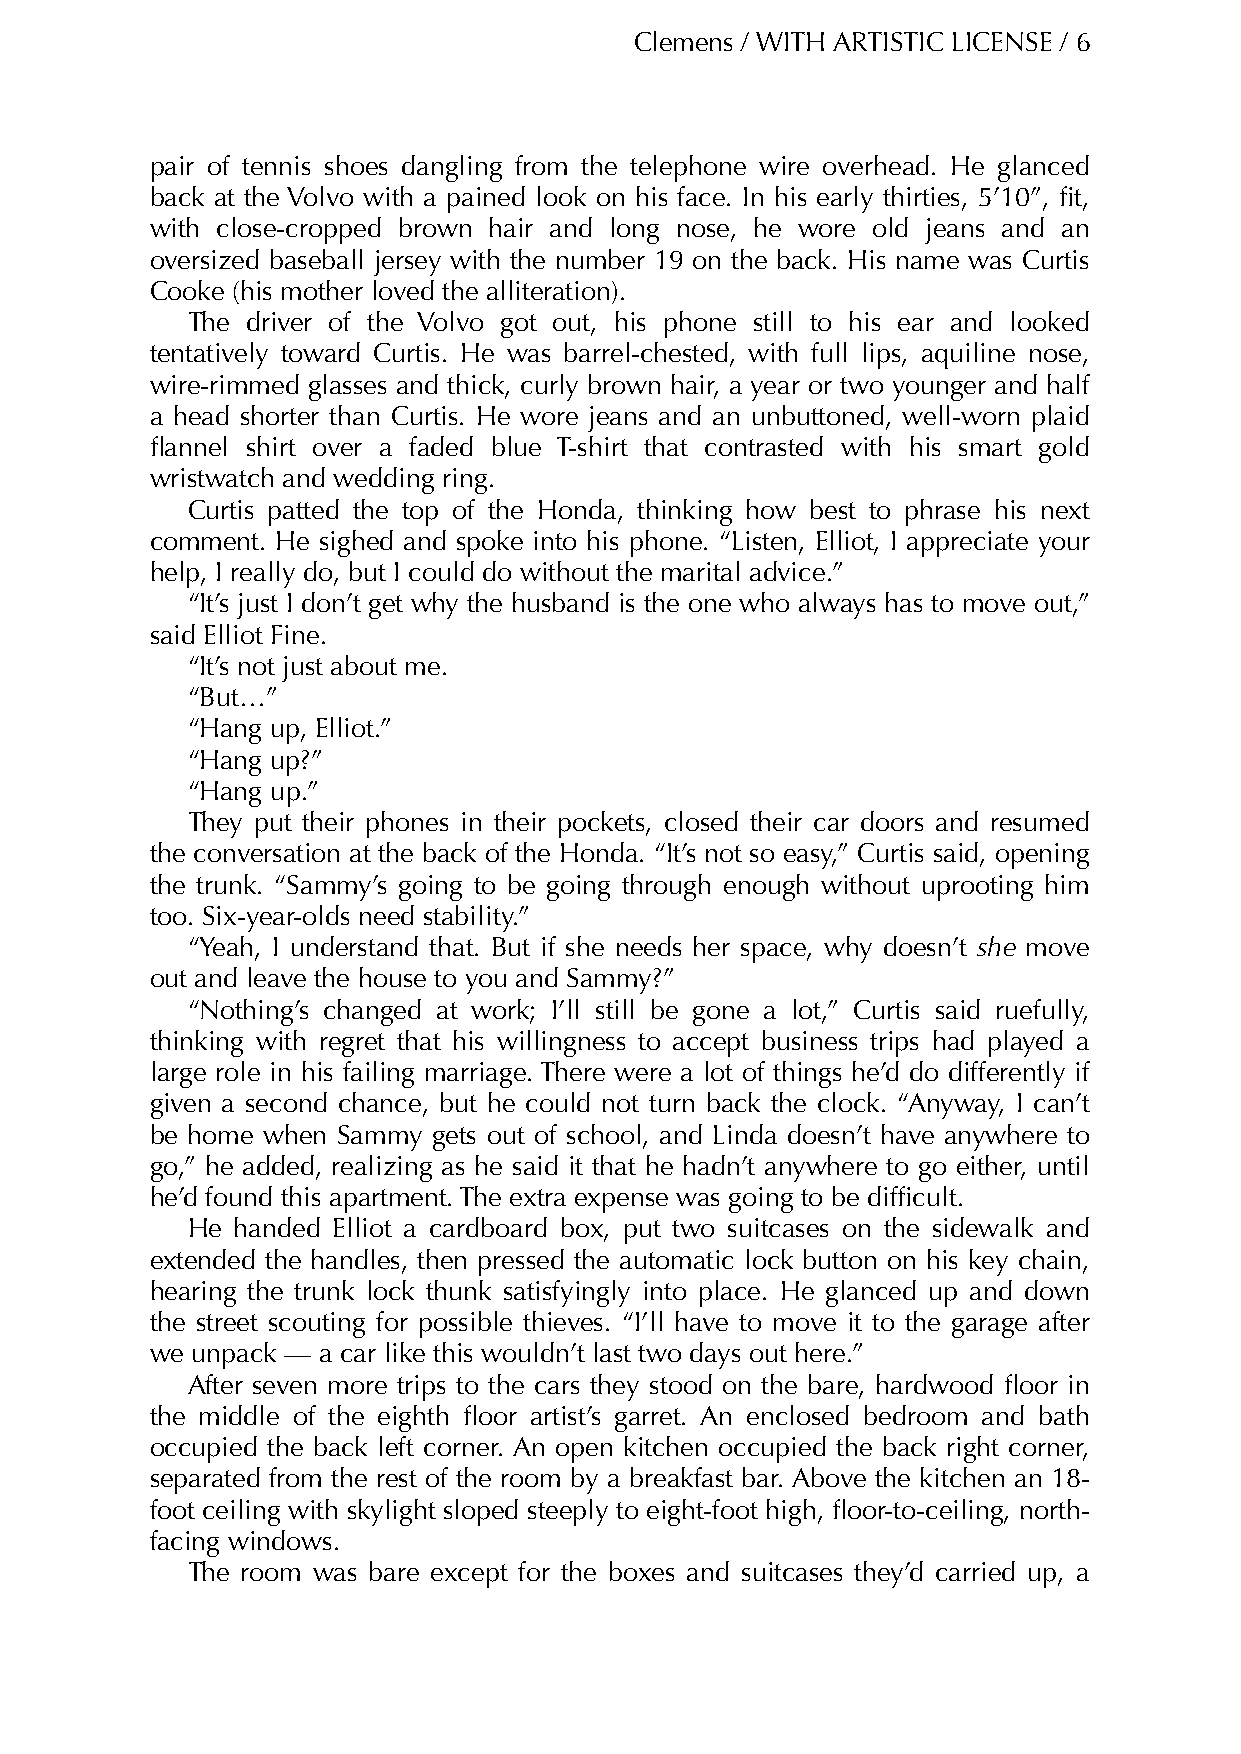
Clemens / WITH ARTISTIC LICENSE / 6
 pair of tennis shoes dangling from the telephone wire overhead. He glanced
 back at the Volvo with a pained look on his face. In his early thirties, 5’10”, fit,
 with close-cropped brown hair and long nose, he wore old jeans and an
 oversized baseball jersey with the number 19 on the back. His name was Curtis
 Cooke (his mother loved the alliteration).
 The driver of the Volvo got out, his phone still to his ear and looked
 tentatively toward Curtis. He was barrel-chested, with full lips, aquiline nose,
 wire-rimmed glasses and thick, curly brown hair, a year or two younger and half
 a head shorter than Curtis. He wore jeans and an unbuttoned, well-worn plaid
 flannel shirt over a faded blue T-shirt that contrasted with his smart gold
 wristwatch and wedding ring.
 Curtis patted the top of the Honda, thinking how best to phrase his next
 comment. He sighed and spoke into his phone. “Listen, Elliot, I appreciate your
 help, I really do, but I could do without the marital advice.”
 “It’s just I don’t get why the husband is the one who always has to move out,”
 said Elliot Fine.
 “It’s not just about me.
 “But…”
 “Hang up, Elliot.”
 “Hang up?”
 “Hang up.”
 They put their phones in their pockets, closed their car doors and resumed
 the conversation at the back of the Honda. “It’s not so easy,” Curtis said, opening
 the trunk. “Sammy’s going to be going through enough without uprooting him
 too. Six-year-olds need stability.”
 “Yeah, I understand that. But if she needs her space, why doesn’t she move
 out and leave the house to you and Sammy?”
 “Nothing’s changed at work; I’ll still be gone a lot,” Curtis said ruefully,
 thinking with regret that his willingness to accept business trips had played a
 large role in his failing marriage. There were a lot of things he’d do differently if
 given a second chance, but he could not turn back the clock. “Anyway, I can’t
 be home when Sammy gets out of school, and Linda doesn’t have anywhere to
 go,” he added, realizing as he said it that he hadn’t anywhere to go either, until
 he’d found this apartment. The extra expense was going to be difficult.
 He handed Elliot a cardboard box, put two suitcases on the sidewalk and
 extended the handles, then pressed the automatic lock button on his key chain,
 hearing the trunk lock thunk satisfyingly into place. He glanced up and down
 the street scouting for possible thieves. “I’ll have to move it to the garage after
 we unpack — a car like this wouldn’t last two days out here.”
 After seven more trips to the cars they stood on the bare, hardwood floor in
 the middle of the eighth floor artist’s garret. An enclosed bedroom and bath
 occupied the back left corner. An open kitchen occupied the back right corner,
 separated from the rest of the room by a breakfast bar. Above the kitchen an 18-
 foot ceiling with skylight sloped steeply to eight-foot high, floor-to-ceiling, north-
 facing windows.
 The room was bare except for the boxes and suitcases they’d carried up, a